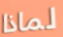
لماذا